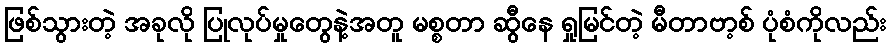
ဖြစ်သွားတဲ့ အခုလို ပြုလုပ်မှုတွေနဲ့အတူ မစ္စတာ ဆွီနေ ရှုမြင်တဲ့ မီတာဗာ့စ် ပုံစံကိုလည်း